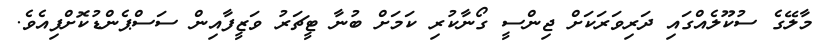
މާލޭގެ ސުކޫލެއްގައި ދަރިވަރަކަށް ޖިންސީ ގޯނާކުރި ކަމަށް ބުނާ ޓީޗަރު ވަޒީފާއިން ސަސްޕެންޑުކޮށްފިއެވެ.